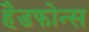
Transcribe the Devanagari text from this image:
हैडफोन्स